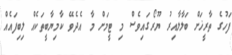
ފަހުގެ ތާރީޚަށް ބަލާލާއިރު ޔޫރޯގައިވެސް މި ޓީމަށް މާ އެދެވޭ ކާމިޔާބީތަކެއް ލިބިފައެއް